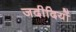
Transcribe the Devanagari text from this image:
जदीदियों